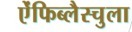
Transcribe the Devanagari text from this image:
ऐंफिब्लैस्चुला